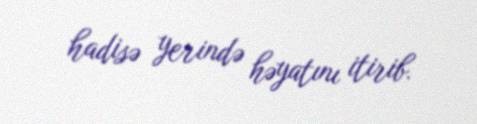
hadisə yerində həyatını itirib.